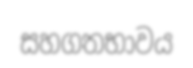
සහගතභාවය